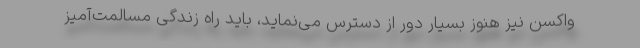
واکسن نیز هنوز بسیار دور از دسترس می‌نماید، باید راه زندگی مسالمت‌آمیز